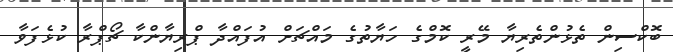
ބޮކްސިން ތެޅުންތެރިޔާ މޭރީ ކޮމްގެ ހަޔާތުގެ މައްޗަށް އުފައްދާ ޕްރިޔާންކާ ޗޯޕްރާ ކުޅެފަވާ